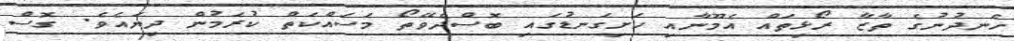
ހެނދުނުގެ ތާޒާ ރޯޅިތައް އެމޫނާއި ހަށިގަނޑުގައި ބޮސްދެވޭތޯ މަސައްކަތް ކުރަމުން ދިޔައެވެ. ގޮސް